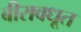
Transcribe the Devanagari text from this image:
बीरावधूत